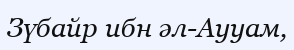
Зүбайр ибн әл-Аууам,